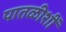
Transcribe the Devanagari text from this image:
पातळीशीं